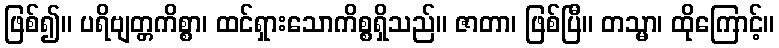
ဖြစ်၍။ ပရိဗျတ္တကိစ္စာ၊ ထင်ရှားသောကိစ္စရှိသည်။ ဇာတာ၊ ဖြစ်ပြီ။ တသ္မာ၊ ထိုကြောင့်။